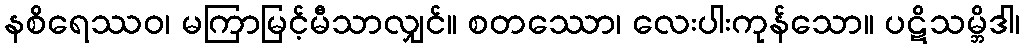
နစိရေဿဝ၊ မကြာမြင့်မီသာလျှင်။ စတဿော၊ လေးပါးကုန်သော။ ပဋိသမ္ဘိဒါ၊